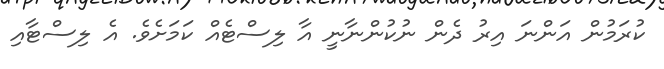
ކުރަމުން އަންނަ އިރު ދެން ނުކުންނާނީ އާ ލިސްޓެއް ކަމަށެވެ. އެ ލިސްޓާއި